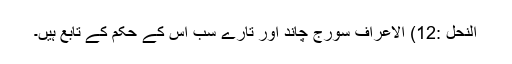
النحل :12) الاعراف سورج چاند اور تارے سب اس کے حکم کے تابع ہیں۔